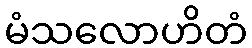
မံသလောဟိတံ